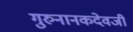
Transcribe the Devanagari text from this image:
गुरुनानकदेवजी